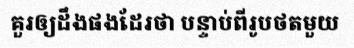
គួរឲ្យដឹងផងដែរថា បន្ទាប់ពីរូបថតមួយ